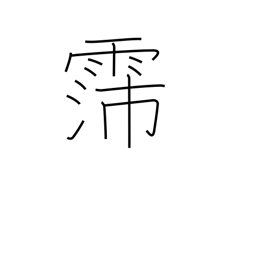
Meaning: long rainy spell